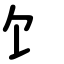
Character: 饣